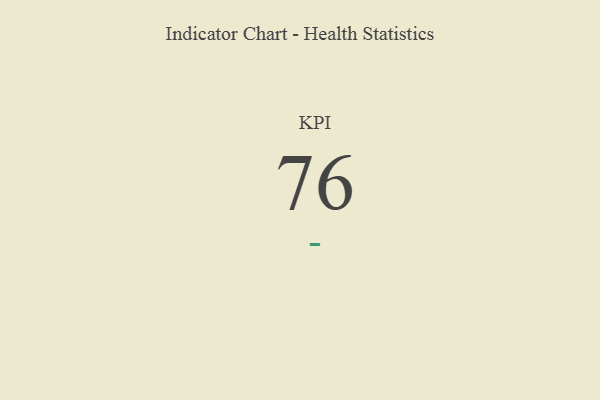
{"axis": {"x": "KPI", "y": "Value"}, "legend": [""], "data": [{"x": "KPI", "y": 76, "type": ""}]}